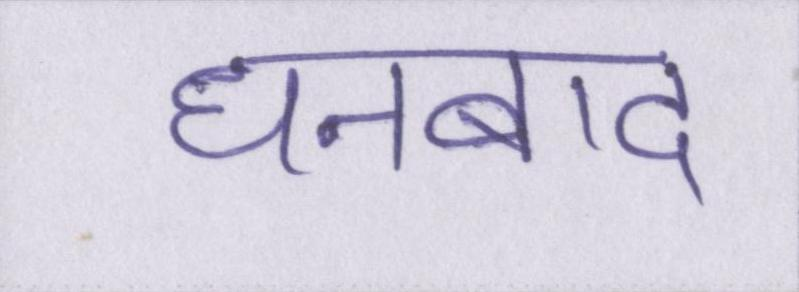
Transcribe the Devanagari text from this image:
धनबाद